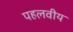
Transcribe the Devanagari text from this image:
पहलवीय